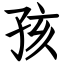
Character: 孩